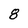
Character: 8